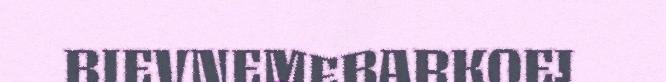
BIEVNEMEBARKOEJ